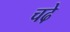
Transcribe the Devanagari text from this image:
चढे़